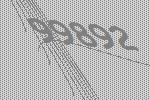
99892